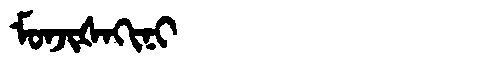
Manchu: ᠮᠣᠨᠵᡳᡧᠠᡴᡳᠨᡳ
Romanization: MONJIŠAKINI